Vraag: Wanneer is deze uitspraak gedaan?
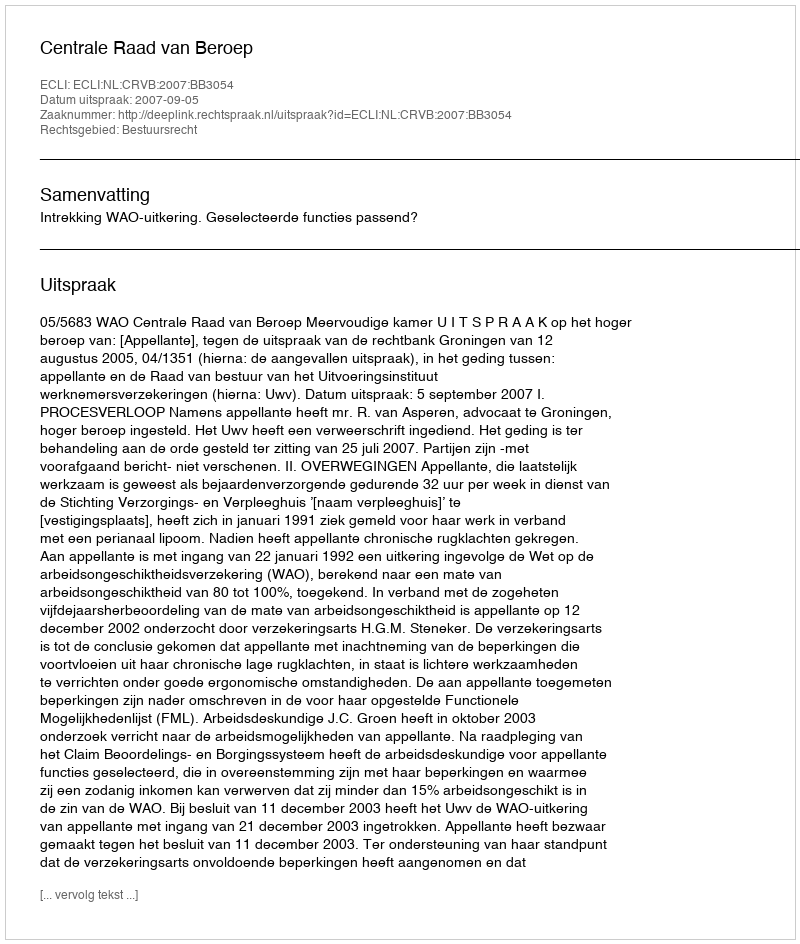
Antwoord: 2007-09-05